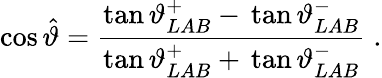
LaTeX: \cos\hat{\vartheta}=\frac{\tan\vartheta_{LAB}^{+}-\, \tan\vartheta_{LAB}^{-}}{\tan\vartheta_{LAB}^{+}+\, \tan\vartheta_{LAB}^{-}}\; .